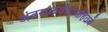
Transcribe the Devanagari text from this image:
अंतराळवीरांसहितचे